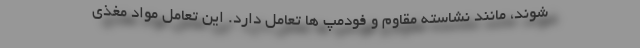
شوند، مانند نشاسته مقاوم و فودمپ ها تعامل دارد. این تعامل مواد مغذی